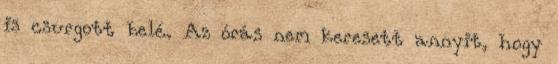
is csurgott belé. Az órás nem keresett annyit, hogy